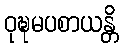
ဝုဍ္ဎမပစာယန္တိ